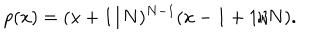
p ( x ) = ( x + 1 / N ) ^ { N - 1 } ( x - 1 + 1 / N ) .